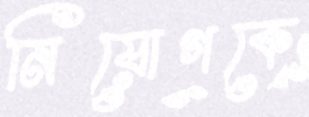
নিয়োগকে